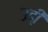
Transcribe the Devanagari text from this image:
उडी़